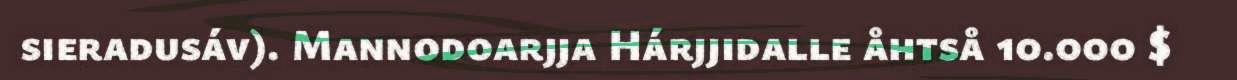
sieradusáv). Mannodoarjja Hárjjidalle åhtså 10.000 $